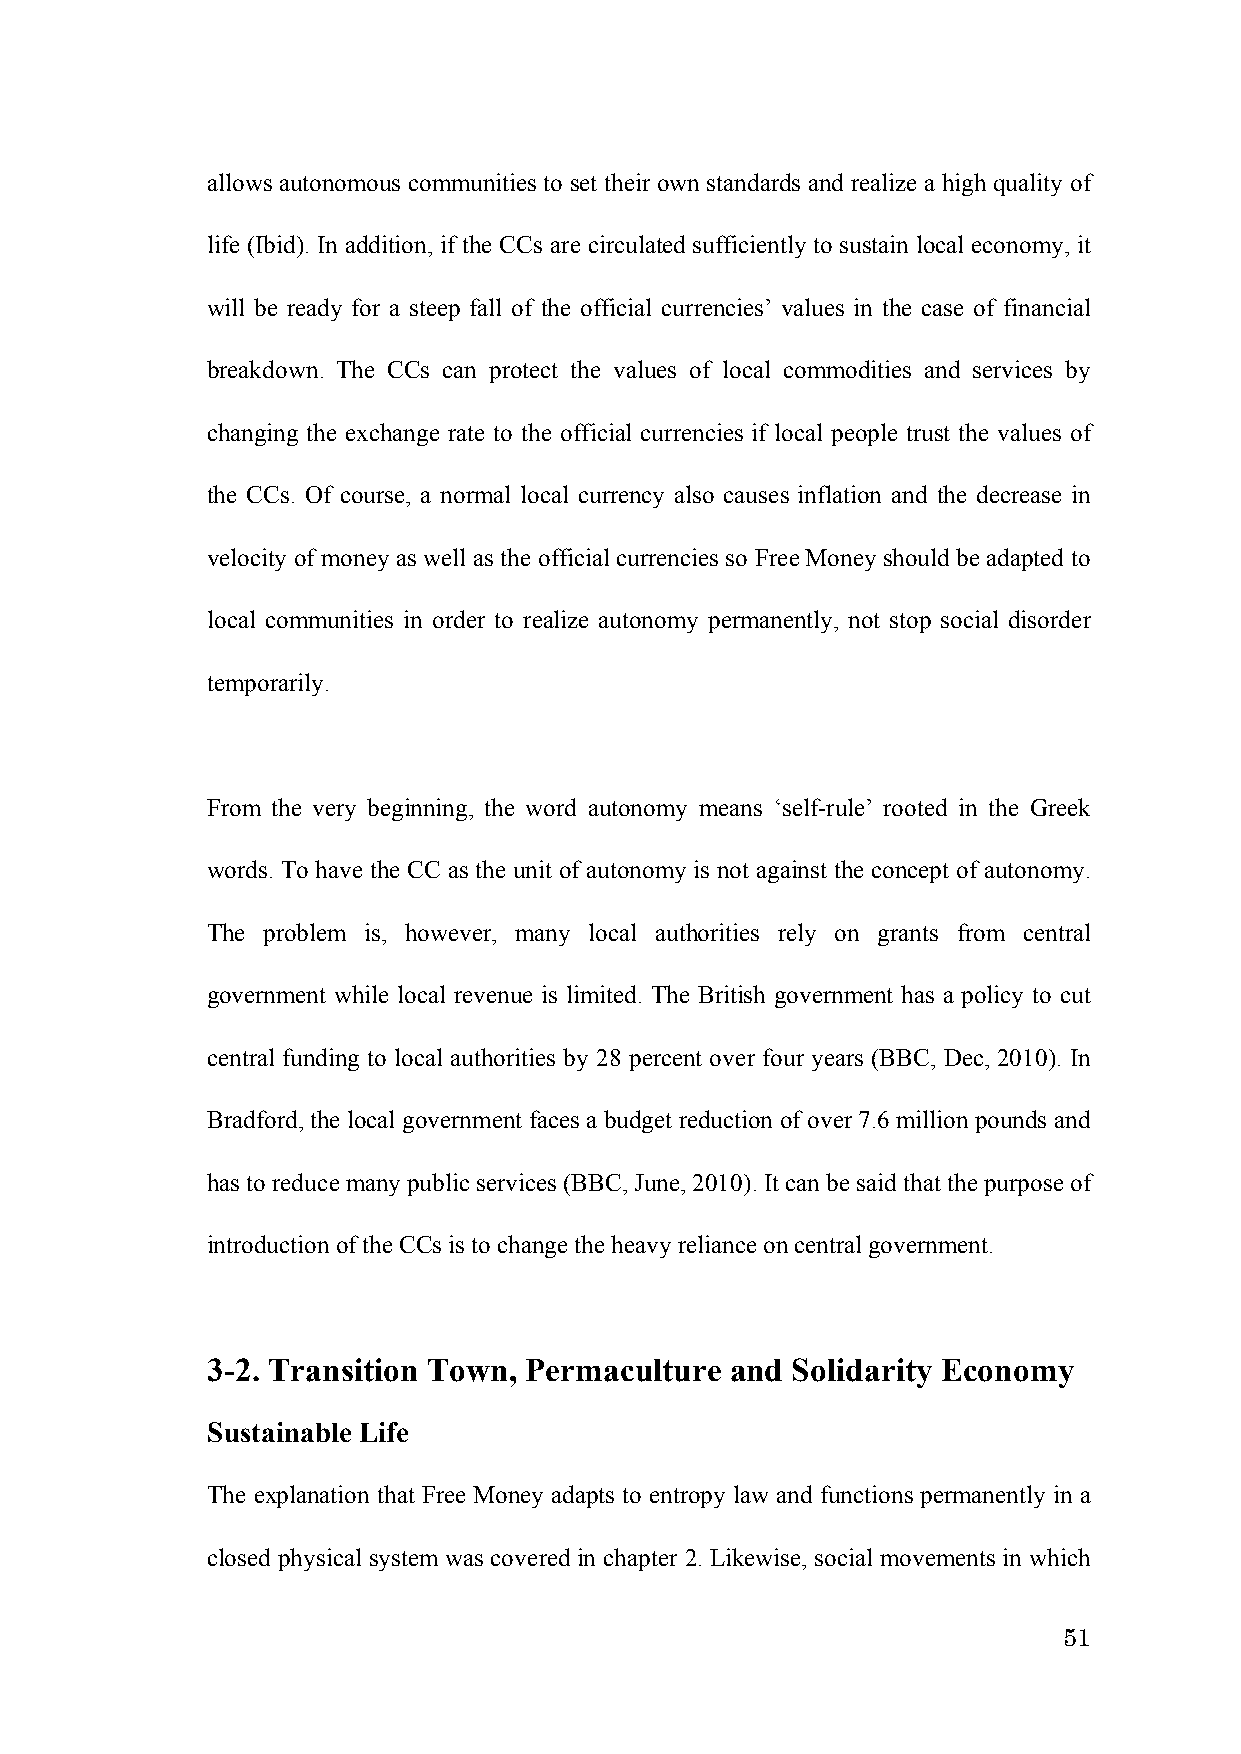
allows autonomous communities to set their own standards and realize a high quality of
 life (Ibid). In addition, if the CCs are circulated sufficiently to sustain local economy, it
 will be ready for a steep fall of the official currencies’ values in the case of financial
 breakdown. The CCs can protect the values of local commodities and services by
 changing the exchange rate to the official currencies if local people trust the values of
 the CCs. Of course, a normal local currency also causes inflation and the decrease in
 velocity of money as well as the official currencies so Free Money should be adapted to
 local communities in order to realize autonomy permanently, not stop social disorder
 temporarily.
 From the very beginning, the word autonomy means ‘self-rule’ rooted in the Greek
 words. To have the CC as the unit of autonomy is not against the concept of autonomy.
 The problem is, however, many local authorities rely on grants from central
 government while local revenue is limited. The British government has a policy to cut
 central funding to local authorities by 28 percent over four years (BBC, Dec, 2010). In
 Bradford, the local government faces a budget reduction of over 7.6 million pounds and
 has to reduce many public services (BBC, June, 2010). It can be said that the purpose of
 introduction of the CCs is to change the heavy reliance on central government.
 3-2. Transition Town, Permaculture and Solidarity Economy
 Sustainable Life
 The explanation that Free Money adapts to entropy law and functions permanently in a
 closed physical system was covered in chapter 2. Likewise, social movements in which
 51